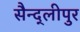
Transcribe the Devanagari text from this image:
सैन्द्लीपुर